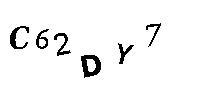
C62DY7